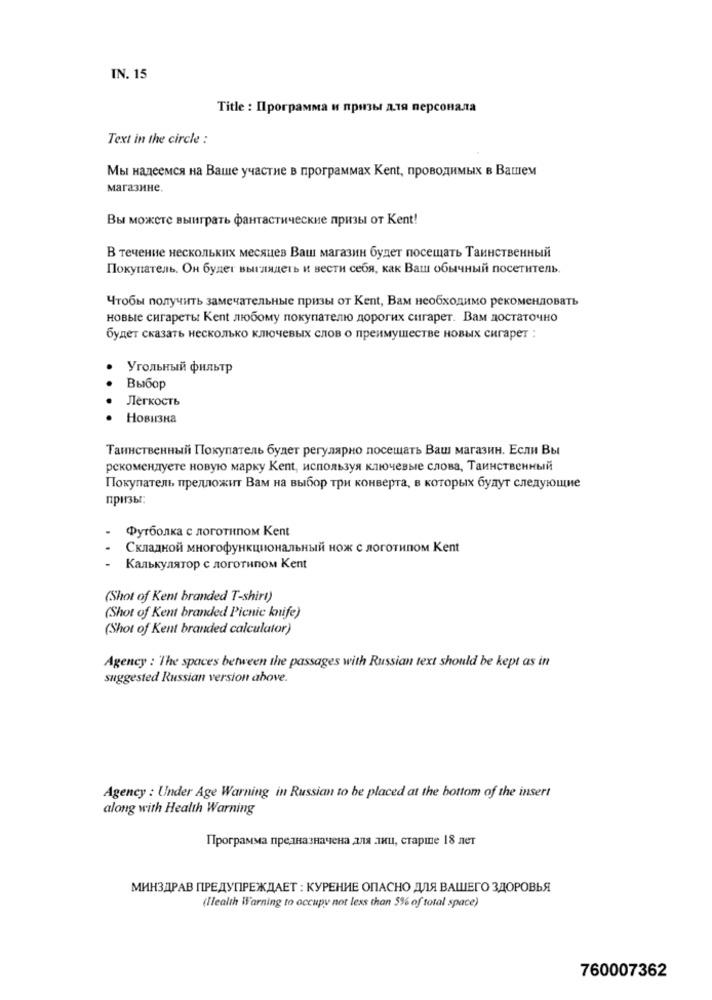
IN. 15
Title : Программа и призы для персонала
Text in the circle :
Мы надеемся на Ваше участие в программах Kent, проводимых в Вашем
магазине.
Вы можете выиграть фантастические призы от Kent!
В течение нескольких месяцев Ваш магазин будет посещать Таинственный
Покупатель. Он будет выглядеть и вести себя, как Ваш обычный посетитель.
Чтобы получить замечательные призы от Kent, Вам необходимо рекомендовать
новые сигареты Kent любому покупателю дорогих сигарет. Вам достаточно
будет сказать несколько ключевых слов о преимуществе новых сигарет :
Угольный фильтр
Выбор
Легкость
Новизна
Таинственный Покупатель будет регулярно посещать Ваш магазин. Если Вы
рекомендуете новую марку Kent, используя ключевые слова, Таинственный
Покупатель предложит Вам на выбор три конверта, в которых будут следующие
призы:
Футболка с логотипом Kent
Складной многофункциональный нож с логотипом Kent
Калькулятор с логотипом Kent
(Shot of Kent branded T-shirt)
(Shot of Kent branded Picnic knife)
(Shot of Kent branded calculator)
Agency : The spaces between the passages with Russian text should be kept as in
suggested Russian version above.
Agency : Under Age Warning in Russian to be placed at the bottom of the insert
along with Health Warning
Программа предназначена для лиц, старше 18 лет
МИНЗДРАВ ПРЕДУПРЕЖДАЕТ : КУРЕНИЕ ОПАСНО ДЛЯ ВАШЕГО ЗДОРОВЬЯ
(Ilealth Warning to occupy not less than 5% of total space)
760007362